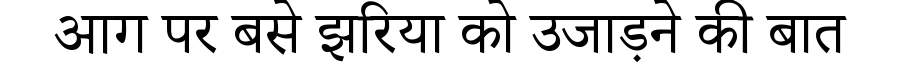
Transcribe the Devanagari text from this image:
आग पर बसे झरिया को उजाड़ने की बात